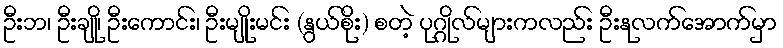
ဦးဘ၊ ဦးချို၊ ဦးကောင်း၊ ဦးမျိုးမင်း (နွယ်စိုး) စတဲ့ ပုဂ္ဂိုလ်များကလည်း ဦးနုလက်အောက်မှာ